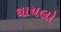
ઘાયલો